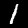
Digit: 1